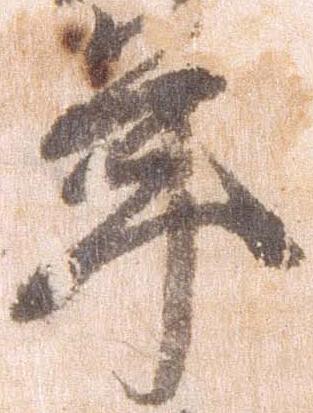
年